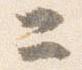
ニ